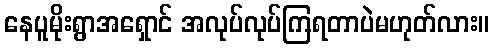
နေပူမိုးရွာအရှောင် အလုပ်လုပ်ကြရတာပဲမဟုတ်လား။